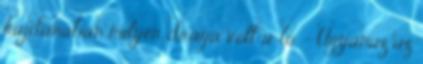
hajdanában milyen drága volt a ló. – Ugyanaz az